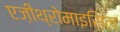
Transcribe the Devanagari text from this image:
एज़ीथ्रोमाइसिल